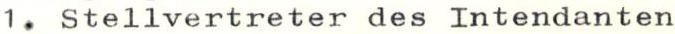
1. Stellvertreter des Intendanten